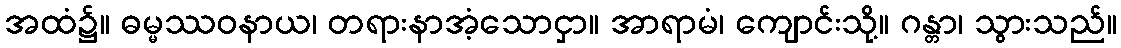
အထံ၌။ ဓမ္မဿဝနာယ၊ တရားနာအံ့သောငှာ။ အာရာမံ၊ ကျောင်းသို့။ ဂန္တာ၊ သွားသည်။